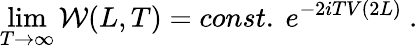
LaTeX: \operatorname*{lim}_{T\to\infty}{\cal W}(L,T)=const.\ e^{-2iTV(2L)}\ .